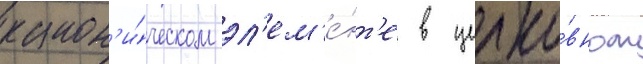
канон'и́ческом эл'ем'е́нт'е в церко́вном